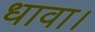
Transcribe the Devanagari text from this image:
धावा।